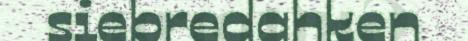
siebredahken